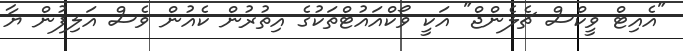
"އެއިޓް ވީކްސް ޗެލެންޖް" އަކީ ވޯކްއައުޓްތަކުގެ އިތުރުން ކެއުން ވެސް އަލިފުން ޔާ